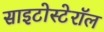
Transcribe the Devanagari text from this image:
साइटोस्टेरॉल